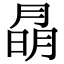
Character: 𭨽